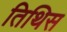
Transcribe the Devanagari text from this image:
तिथिस